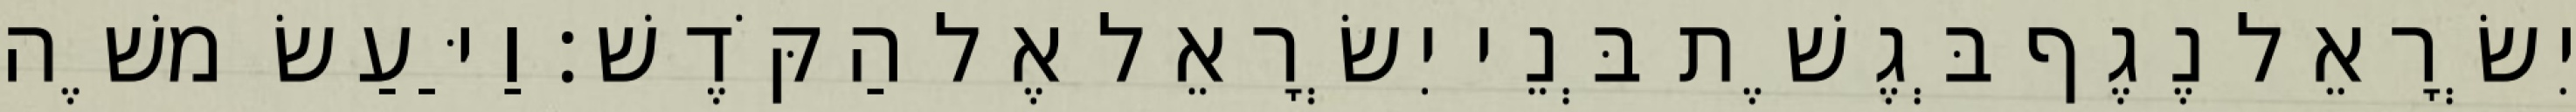
יִשְׂרָאֵל נֶגֶף בְּגֶשֶׁת בְּנֵי יִשְׂרָאֵל אֶל הַקֹּדֶשׁ׃ וַיַּעַשׂ משֶׁה